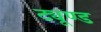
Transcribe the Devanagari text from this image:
ट्यूण्ड